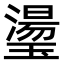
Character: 璗